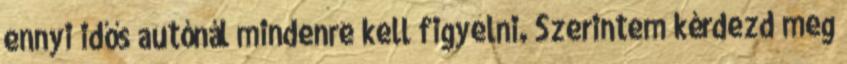
ennyi idős autónál mindenre kell figyelni. Szerintem kérdezd meg